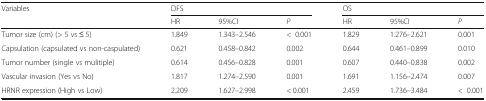
<table><thead><tr><td rowspan="2"><b>Variables</b></td><td colspan="3"><b>DFS</b></td><td colspan="3"><b>OS</b></td></tr><tr><td><b>HR</b></td><td><b>95%CI</b></td><td><b><i>P</i></b></td><td><b>HR</b></td><td><b>95%CI</b></td><td><b><i>P</i></b></td></tr></thead><tbody><tr><td>Tumor size (cm) (&gt; 5 vs ≤ 5)</td><td>1.849</td><td>1.343–2.546</td><td>&lt;0.001</td><td>1.829</td><td>1.276–2.621</td><td>0.001</td></tr><tr><td>Capsulation (capsulated vs non-caspulated)</td><td>0.621</td><td>0.458–0.842</td><td>0.002</td><td>0.644</td><td>0.461–0.899</td><td>0.010</td></tr><tr><td>Tumor number (single vs mulitiple)</td><td>0.614</td><td>0.456–0.828</td><td>0.001</td><td>0.607</td><td>0.440–0.838</td><td>0.002</td></tr><tr><td>Vascular invasion (Yes vs No)</td><td>1.817</td><td>1.274–2.590</td><td>0.001</td><td>1.691</td><td>1.156–2.474</td><td>0.007</td></tr><tr><td>HRNR expression (High vs Low)</td><td>2.209</td><td>1.627–2.998</td><td>&lt; 0.001</td><td>2.459</td><td>1.736–3.484</td><td>&lt;0.001</td></tr></tbody></table>